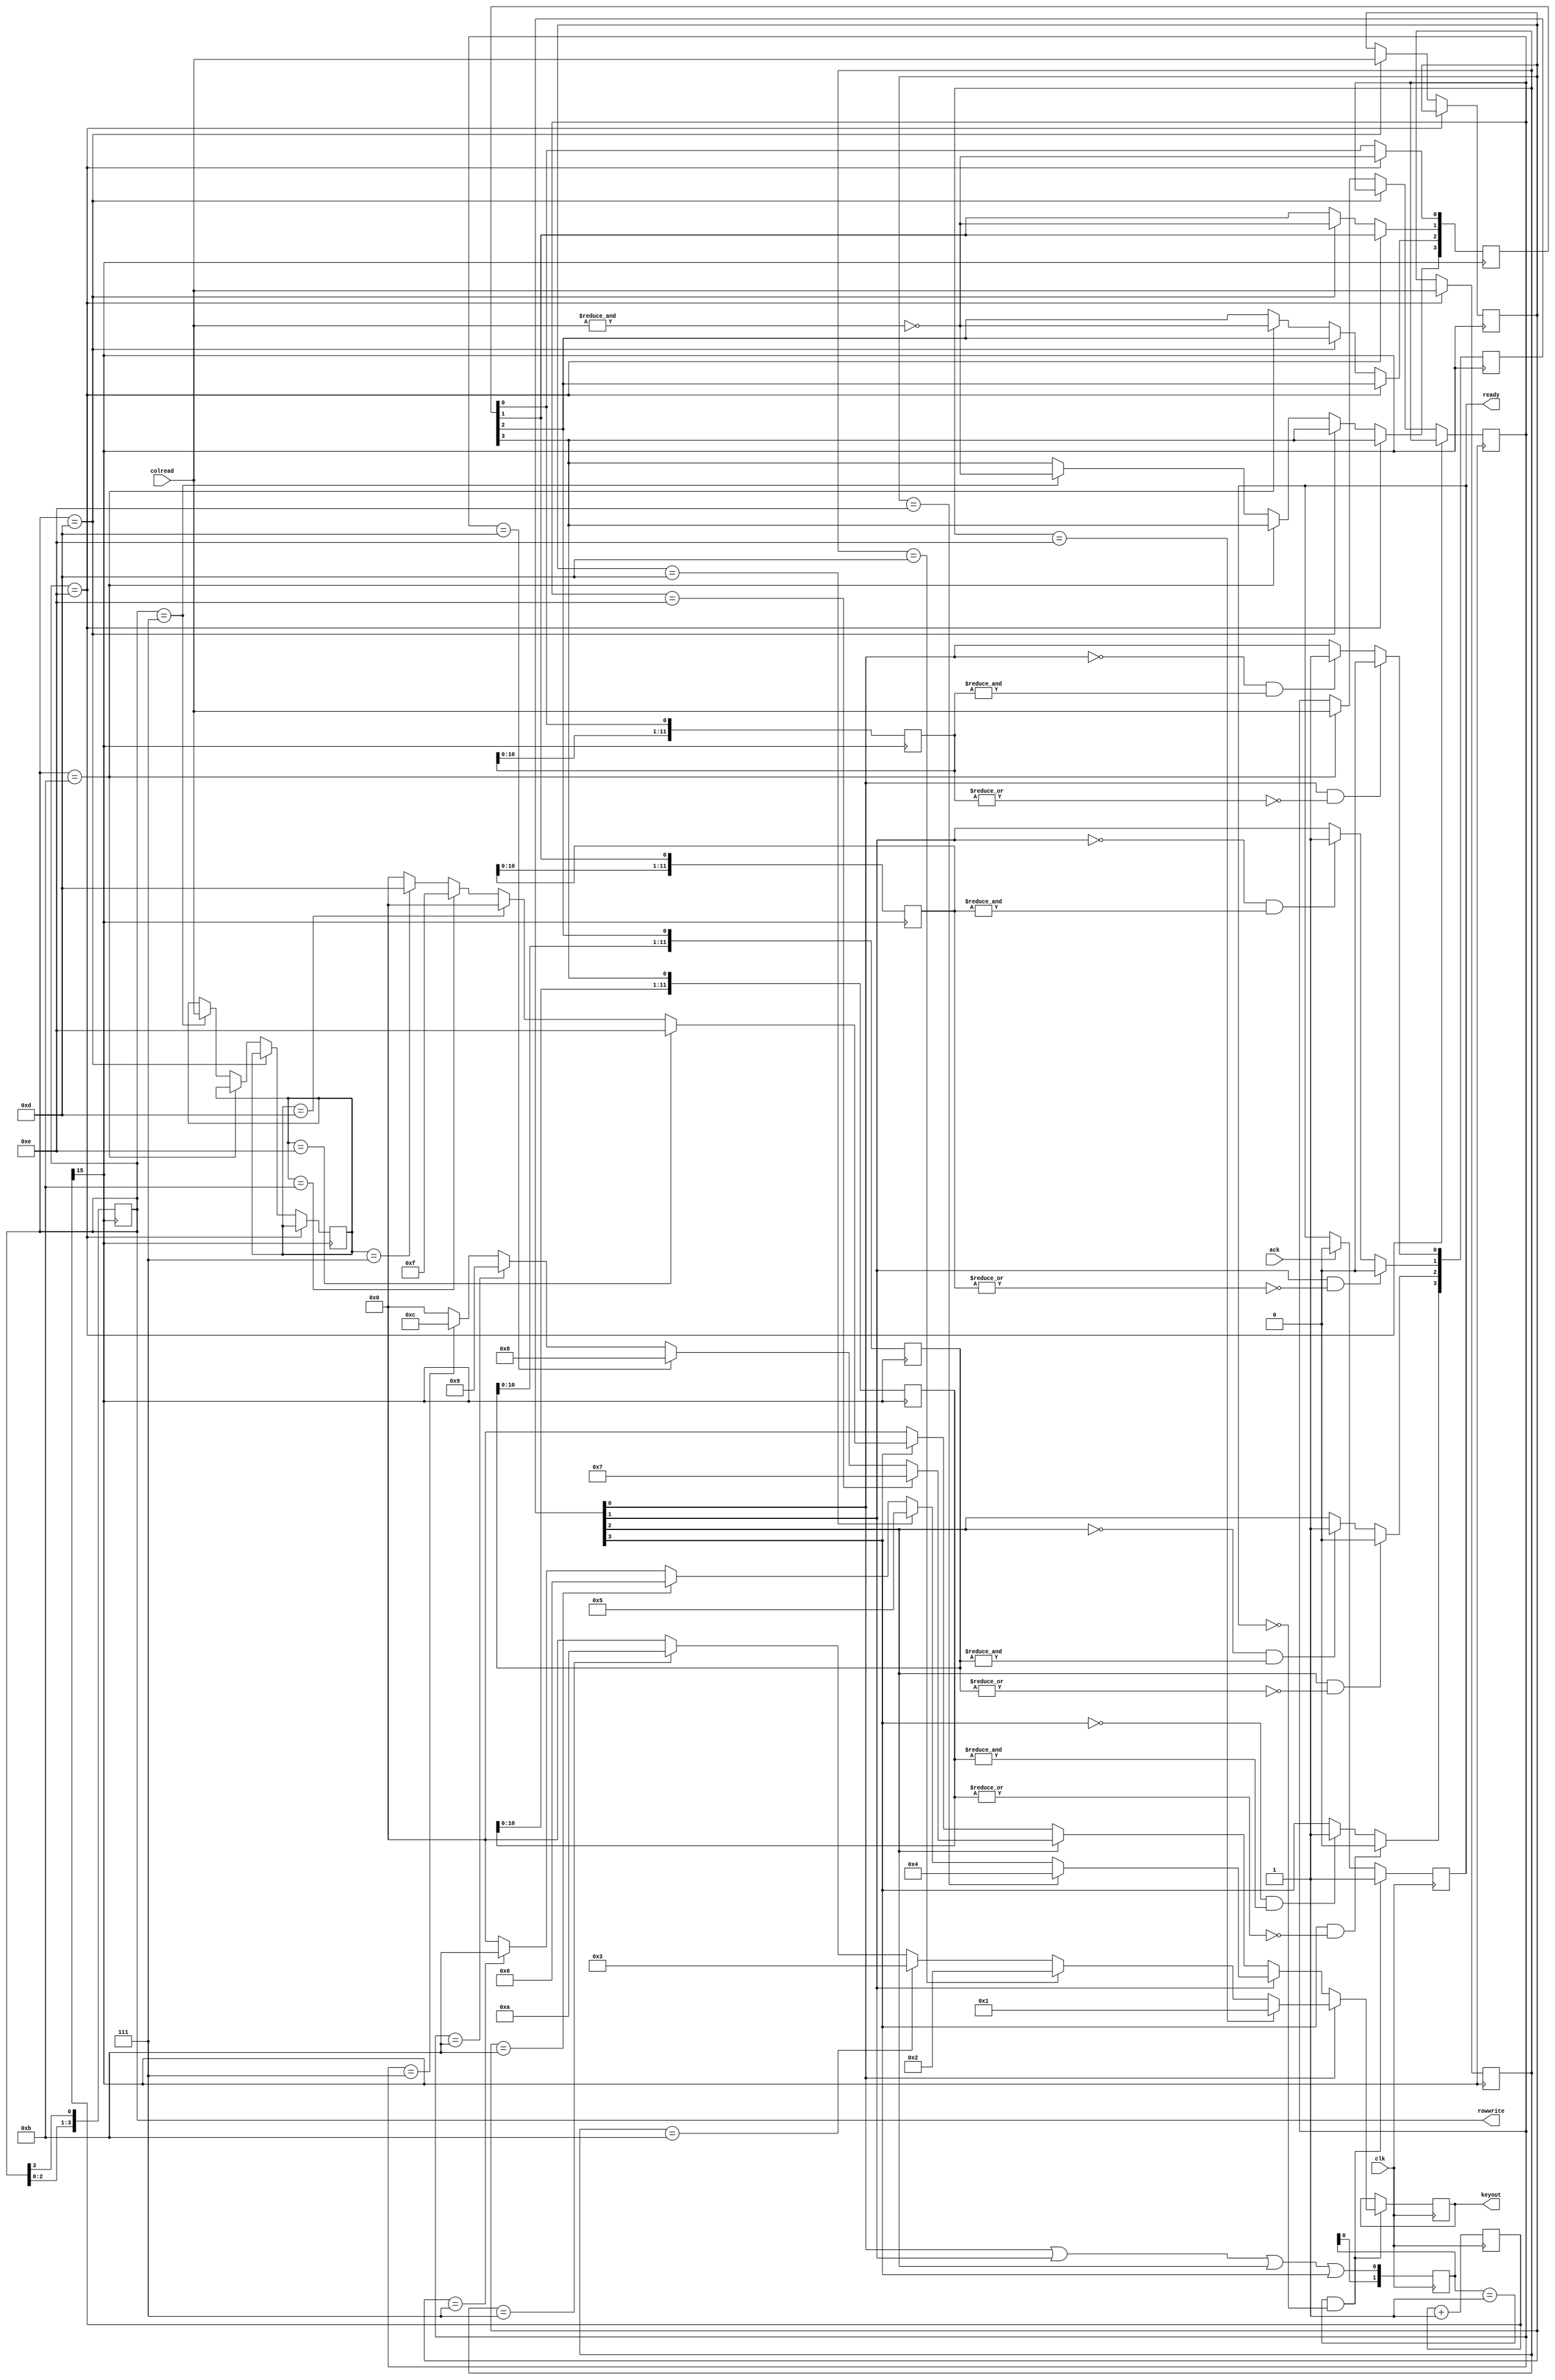
module keypad_ex (
						output reg [3:0] rowwrite,
						input [3:0] colread,
						input clk,
						input ack,
						output reg [3:0] keyout,
						output reg ready
						);
wire keypressed;					
reg [25:0] clk1;
reg [3:0] keyread;
reg [3:0] rowpressed;
reg [3:0] pressedcol [0:3];
reg [11:0] rowpressed_buffer0;
reg [11:0] rowpressed_buffer1;
reg [11:0] rowpressed_buffer2;
reg [11:0] rowpressed_buffer3;
reg [3:0] rowpressed_debounced;
reg [1:0] keypressed_buffer;

always @(posedge clk)
	clk1<=clk1+1;

always @(posedge clk1[15])
	rowwrite<={rowwrite[2:0], rowwrite[3]};

always @(posedge clk1[15])
	if (rowwrite== 4'b1110)
		begin
			rowpressed[0]<= ~(&colread); //colread=1111--> none of them pressed, colread=1110 --> 1, colread=1101-->2, 1011-->3, 0111->A
			pressedcol[0]<=colread;
		end
	else if (rowwrite==4'b1101)
		begin
			rowpressed[1]<= ~(&colread); //colread=1111--> none of them pressed, colread=1110 --> 4, colread=1101-->5, 1011-->6, 0111->B
			pressedcol[1]<=colread;
		end
	else if (rowwrite==4'b1011)
		begin
			rowpressed[2]<= ~(&colread); //colread=1111--> none of them pressed, colread=1110 --> 7, colread=1101-->8, 1011-->9, 0111->C
			pressedcol[2]<=colread;
		end
	else if (rowwrite==4'b0111)
		begin
			rowpressed[3]<= ~(&colread); //colread=1111--> none of them pressed, colread=1110 --> *(E), colread=1101-->0, 1011-->#(F), 0111->D
			pressedcol[3]<=colread;
		end
		
wire transition0_10;
wire transition0_01;

assign transition0_10=~|rowpressed_buffer0;
assign transition0_01=&rowpressed_buffer0;

wire transition1_10;
wire transition1_01;

assign transition1_10=~|rowpressed_buffer1;
assign transition1_01=&rowpressed_buffer1;

wire transition2_10;
wire transition2_01;

assign transition2_10=~|rowpressed_buffer2;
assign transition2_01=&rowpressed_buffer2;

wire transition3_10;
wire transition3_01;

assign transition3_10=~|rowpressed_buffer3; //kpd=1-->0
assign transition3_01=&rowpressed_buffer3;  //kpd=0-->1


always @(posedge clk1[15])
	begin
		rowpressed_buffer0<= {rowpressed_buffer0[10:0],rowpressed[0]};
		if (rowpressed_debounced[0]==0 && transition0_01)
			rowpressed_debounced[0]<=1;
		if (rowpressed_debounced[0]==1 && transition0_10)
			rowpressed_debounced[0]<=0;
	
	rowpressed_buffer1<= {rowpressed_buffer1[10:0],rowpressed[1]};
		if (rowpressed_debounced[1]==0 && transition1_01)
			rowpressed_debounced[1]<=1;
		if (rowpressed_debounced[1]==1 && transition1_10)
			rowpressed_debounced[1]<=0;
			
	rowpressed_buffer2<= {rowpressed_buffer2[10:0],rowpressed[2]};
		if (rowpressed_debounced[2]==0 && transition2_01)
			rowpressed_debounced[2]<=1;
		if (rowpressed_debounced[2]==1 && transition2_10)
			rowpressed_debounced[2]<=0;
	
	rowpressed_buffer3<= {rowpressed_buffer3[10:0],rowpressed[3]};
		if (rowpressed_debounced[3]==0 && transition3_01)
			rowpressed_debounced[3]<=1;
		if (rowpressed_debounced[3]==1 && transition3_10)
			rowpressed_debounced[3]<=0;
	end 

always @*
	begin
		if (rowpressed_debounced[0]==1)
			begin
				if (pressedcol[0]==4'b1110)
					keyread=4'h1;
				else if (pressedcol[0]==4'b1101)
					keyread=4'h2;
				else if (pressedcol[0]==4'b1011)
					keyread=4'h3;
				else if (pressedcol[0]==4'b0111)
					keyread=4'hA;
				else keyread=4'b0000;
			end
		else if (rowpressed_debounced[1]==1)
			begin
				if (pressedcol[1]==4'b1110)
					keyread=4'h4;
				else if (pressedcol[1]==4'b1101)
					keyread=4'h5;
				else if (pressedcol[1]==4'b1011)
					keyread=4'h6;
				else if (pressedcol[1]==4'b0111)
					keyread=4'hB;
				else keyread=4'b0000;
			end
		else if (rowpressed_debounced[2]==1)
			begin
				if (pressedcol[2]==4'b1110)
					keyread=4'h7;
				else if (pressedcol[2]==4'b1101)
					keyread=4'h8;
				else if (pressedcol[2]==4'b1011)
					keyread=4'h9;
				else if (pressedcol[2]==4'b0111)
					keyread=4'hC;
				else keyread=4'b0000;
			end
		else if (rowpressed_debounced[3]==1)
			begin
				if (pressedcol[3]==4'b1110)
					keyread=4'hE;
				else if (pressedcol[3]==4'b1101)
					keyread=4'h0;
				else if (pressedcol[3]==4'b1011)
					keyread=4'hF;
				else if (pressedcol[3]==4'b0111)
					keyread=4'hD;
				else keyread=4'b0000;
			end
		else keyread=4'b0000;
	end //always


assign keypressed= rowpressed_debounced[0]||rowpressed_debounced[1]||rowpressed_debounced[2]||rowpressed_debounced[3];

always @(posedge clk)
	keypressed_buffer<={keypressed_buffer[0],keypressed};
		

always @(posedge clk)
	if ((keypressed_buffer==2'b01)&&(ready==0))
		begin
			keyout<=keyread;
			ready<=1;
		end
	else if (ack==1)
		ready<=0;
	
initial 
	begin
		rowwrite=4'b1110;		
		ready=0;
	end
endmodule